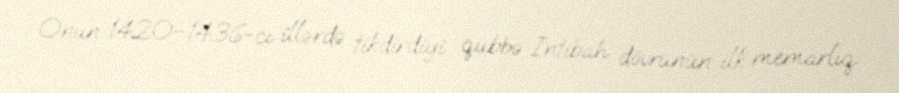
Onun 1420–1436-cı illərdə tikdirdiyi qübbə İntibah dövrünün ilk memarlıq